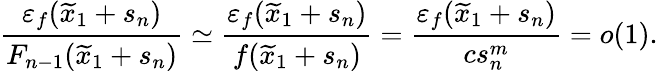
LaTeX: \frac{\varepsilon_{f}(\widetilde{x}_{1}+s_{n})}{F_{n-1}(\widetilde{x}_{1}+s_{n})}\simeq\frac{\varepsilon_{f}(\widetilde{x}_{1}+s_{n})}{f(\widetilde{x}_{1}+s_{n})}=\frac{\varepsilon_{f}(\widetilde{x}_{1}+s_{n})}{cs_{n}^{m}}=o(1).